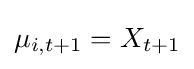
\mu _{i,t+1}=X_{t+1}